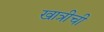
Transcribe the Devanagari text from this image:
खात्रीची